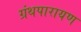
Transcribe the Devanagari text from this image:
ग्रंथपारायण